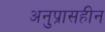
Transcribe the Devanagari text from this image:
अनुप्रासहीन